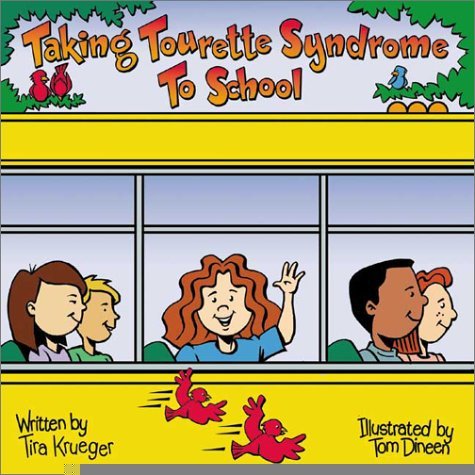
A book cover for Taking Tourette Syndrome to School ("Special Kids in School" Series) (Special Kids in School Series) [Paperback] [February 2002] (Author) Tira Krueger, Tom Dineen; Health, Fitness & Dieting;